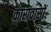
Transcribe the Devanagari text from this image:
कारावासों